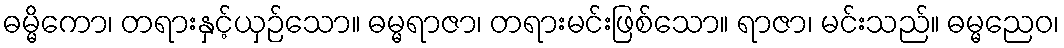
ဓမ္မိကော၊ တရားနှင့်ယှဉ်သော။ ဓမ္မရာဇာ၊ တရားမင်းဖြစ်သော။ ရာဇာ၊ မင်းသည်။ ဓမ္မညေဝ၊